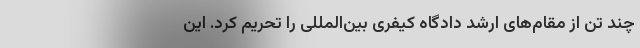
چند تن از مقام‌های ارشد دادگاه کیفری بین‌المللی را تحریم کرد. این